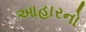
આહારનો